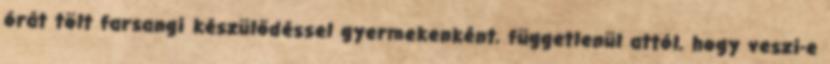
órát tölt farsangi készülődéssel gyermekenként, függetlenül attól, hogy veszi-e